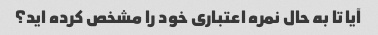
آیا تا به حال نمره اعتباری خود را مشخص کرده اید؟